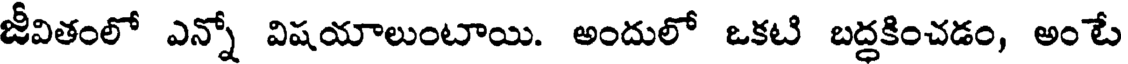
జీవితంలో ఎన్నో విషయాలుంటాయి. అందులో ఒకటి బద్దకించడం, అంటే